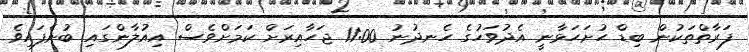
ފަރާތްތަކުން ބިޑް ހުށަހަޅާނީ އެދުވަހުގެ ހެނދުނު 11:00 ޖަހާއިރަށް ކަމަށްވެސް އިއުލާންގައި ބުނެފައިވެ